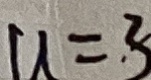
u = 3